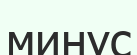
минус